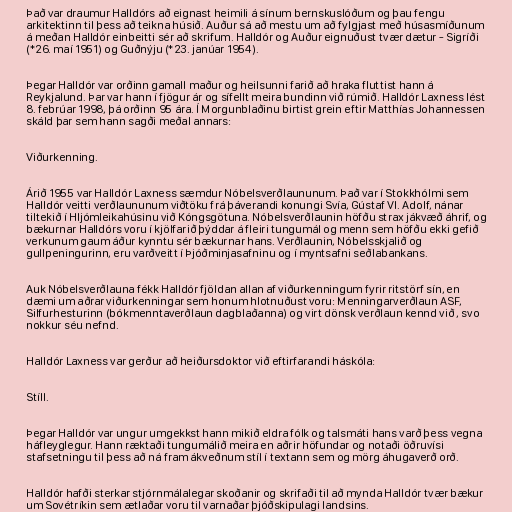
Það var draumur Halldórs að eignast heimili á sínum bernskuslóðum og þau fengu
arkitektinn til þess að teikna húsið. Auður sá að mestu um að fylgjast með húsasmíðunum
á meðan Halldór einbeitti sér að skrifum. Halldór og Auður eignuðust tvær dætur - Sigríði
(*26. maí 1951) og Guðnýju (*23. janúar 1954).

Þegar Halldór var orðinn gamall maður og heilsunni farið að hraka fluttist hann á
Reykjalund. Þar var hann í fjögur ár og sífellt meira bundinn við rúmið. Halldór Laxness lést
8. febrúar 1998, þá orðinn 95 ára. Í Morgunblaðinu birtist grein eftir Matthías Johannessen
skáld þar sem hann sagði meðal annars:

Viðurkenning.

Árið 1955 var Halldór Laxness sæmdur Nóbelsverðlaununum. Það var í Stokkhólmi sem
Halldór veitti verðlaununum viðtöku frá þáverandi konungi Svía, Gústaf VI. Adolf, nánar
tiltekið í Hljómleikahúsinu við Kóngsgötuna. Nóbelsverðlaunin höfðu strax jákvæð áhrif, og
bækurnar Halldórs voru í kjölfarið þýddar á fleiri tungumál og menn sem höfðu ekki gefið
verkunum gaum áður kynntu sér bækurnar hans. Verðlaunin, Nóbelsskjalið og
gullpeningurinn, eru varðveitt í Þjóðminjasafninu og í myntsafni seðlabankans.

Auk Nóbelsverðlauna fékk Halldór fjöldan allan af viðurkenningum fyrir ritstörf sín, en
dæmi um aðrar viðurkenningar sem honum hlotnuðust voru: Menningarverðlaun ASF,
Silfurhesturinn (bókmenntaverðlaun dagblaðanna) og virt dönsk verðlaun kennd við , svo
nokkur séu nefnd.

Halldór Laxness var gerður að heiðursdoktor við eftirfarandi háskóla:

Stíll.

Þegar Halldór var ungur umgekkst hann mikið eldra fólk og talsmáti hans varð þess vegna
háfleyglegur. Hann ræktaði tungumálið meira en aðrir höfundar og notaði öðruvísi
stafsetningu til þess að ná fram ákveðnum stíl í textann sem og mörg áhugaverð orð.

Halldór hafði sterkar stjórnmálalegar skoðanir og skrifaði til að mynda Halldór tvær bækur
um Sovétríkin sem ætlaðar voru til varnaðar þjóðskipulagi landsins.